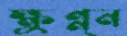
ক্ষুণ্ন্ন